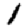
Digit: 1